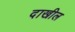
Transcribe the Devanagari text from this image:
दाखील